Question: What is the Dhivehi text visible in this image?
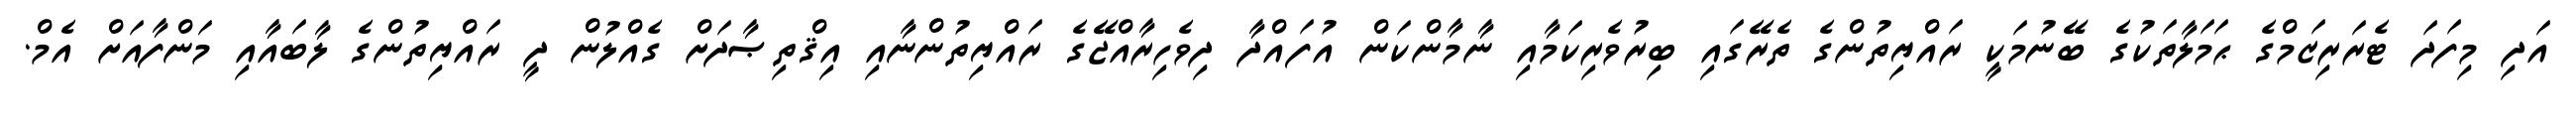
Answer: އަދި މިފަދަ ޓެރަރިޒަމްގެ ޙަމަލާތަކުގެ ބޭނުމަކީ ރައްޔިތުންގެ ތެރޭގައި ބިރުވެރިކަމާއި ނާމާންކަން އުފައްދާ ދިވެހިރާއްޖޭގެ ރައްޔިތުންނާއި އިޤްތިޞާދަށް ގެއްލުން ދީ ރައްޔިތުންގެ ލާބައާއި މަންފާއަށް އެމް.